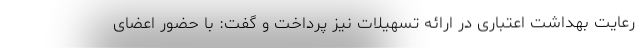
رعایت بهداشت اعتباری در ارائه تسهیلات نیز پرداخت و گفت: با حضور اعضای